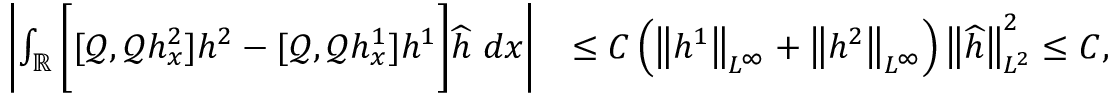
\begin{array} { r l } { \left| \int _ { \mathbb R } \bigg [ [ \mathscr { Q } , \mathscr { Q } h _ { x } ^ { 2 } ] h ^ { 2 } - [ \mathscr { Q } , \mathscr { Q } h _ { x } ^ { 1 } ] h ^ { 1 } \bigg ] \widehat { h } \ d x \right| } & { \leq C \left( \left\| h ^ { 1 } \right\| _ { L ^ { \infty } } + \left\| h ^ { 2 } \right\| _ { L ^ { \infty } } \right) \left\| \widehat { h } \right\| _ { L ^ { 2 } } ^ { 2 } \leq C , } \end{array}